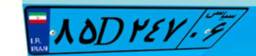
۸۵D۲۴۷۰۶